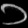
Digit: ၁